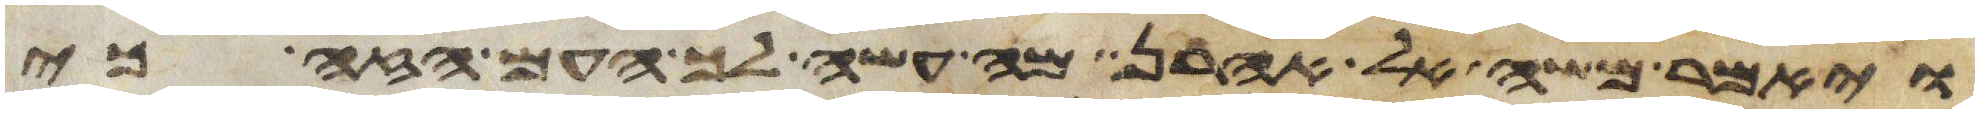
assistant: ויאמר משה אל אהרן מה עשה לך העם הזה כי